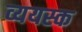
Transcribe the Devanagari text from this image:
व्ययस्क